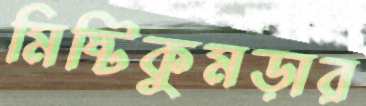
মিষ্টিকুমড়ার